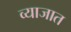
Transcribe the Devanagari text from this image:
व्याजात